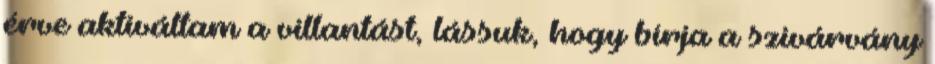
érve aktiváltam a villantást, lássuk, hogy bírja a szivárvány